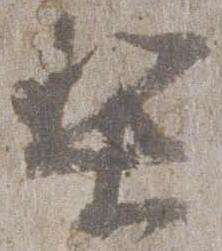
梨